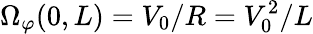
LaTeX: \Omega_{\varphi}(0,L)=V_{0}/R=V_{0}^{2}/L